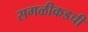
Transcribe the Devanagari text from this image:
सगळीकडची